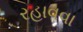
રહાવવા